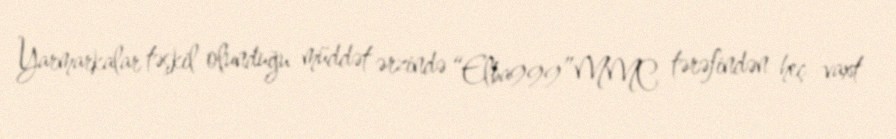
Yarmarkalar təşkil olunduğu müddət ərzində “Elba999”MMC tərəfindən heç vaxt